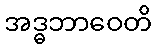
အဒ္ဓဘာဝေတိ